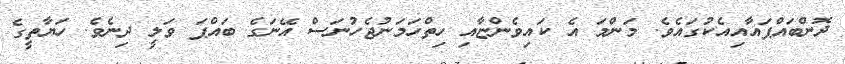
ދޮންބައްޕައާއިއެކުގައެވެ. މަންމަ އެ ކައިވެންޏާއި ހިތްހަމަނުޖެހުނަސް އޭނަގެ ބައްޕަ ވަލީ ދިނެވެ. ހަޔާތީގެ